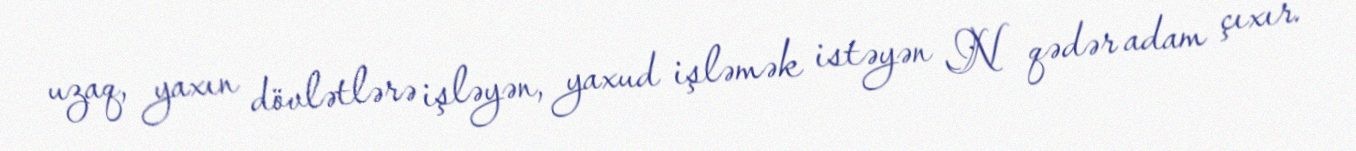
uzaq, yaxın dövlətlərə işləyən, yaxud işləmək istəyən N qədər adam çıxır.